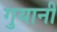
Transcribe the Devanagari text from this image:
गुयानी